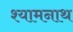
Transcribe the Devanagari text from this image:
श्यामनाथ